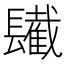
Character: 𨲹